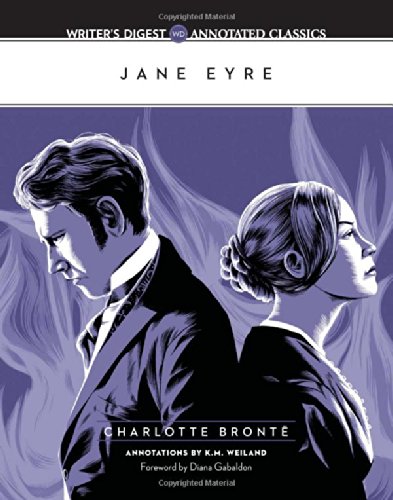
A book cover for Jane Eyre: Writer's Digest Annotated Classics; Charlotte Bronte; Romance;